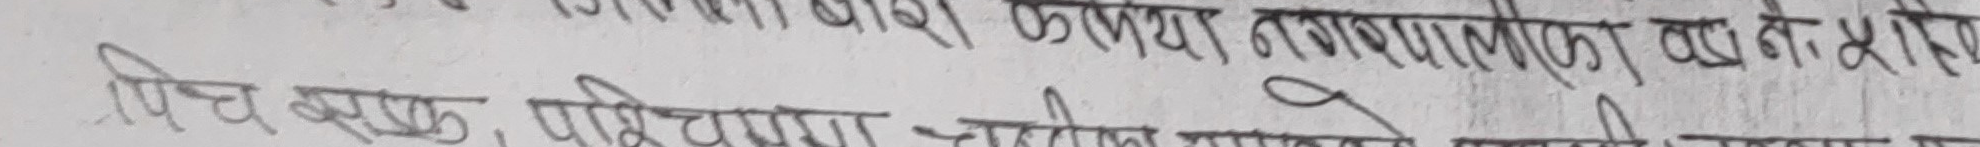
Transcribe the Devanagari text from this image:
विषय बस्तु, परिभाषा, चुनौती साथै यसका कारण